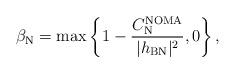
LaTeX: \begin{align*}\beta_{\textrm{N}}=\max \left\lbrace 1-\frac{C_{\textrm{N}}^{\textrm{NOMA}}}{|h_{\textrm{BN}}|^2},0\right\rbrace ,\end{align*}